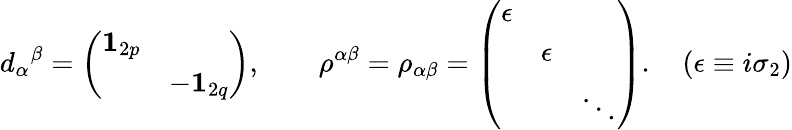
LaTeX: d_{\alpha}{}^{\beta}=\left(\begin{array}{ll}{{{\mathbf{1}}_{2p}}}&{{}}\\ {{}}&{{-{\mathbf{1}}_{2q}}}\end{array}\right),\qquad\rho^{\alpha\beta}=\rho_{\alpha\beta}=\left(\begin{array}{lll}{{\epsilon}}&{{}}&{{}}\\ {{}}&{{\epsilon}}&{{}}\\ {{}}&{{}}&{{\ddots}}\end{array}\right).\quad(\epsilon\equiv i\sigma_{2})